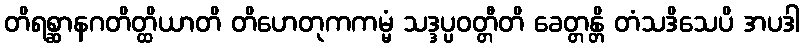
တိရစ္ဆာနဂတိတ္ထိယာတိ တိဟေတုကကမ္မံ သဒ္ဒပ္ပဝတ္တီတိ ခေတ္တန္တိ တံသဒိသေပိ အပဒါ